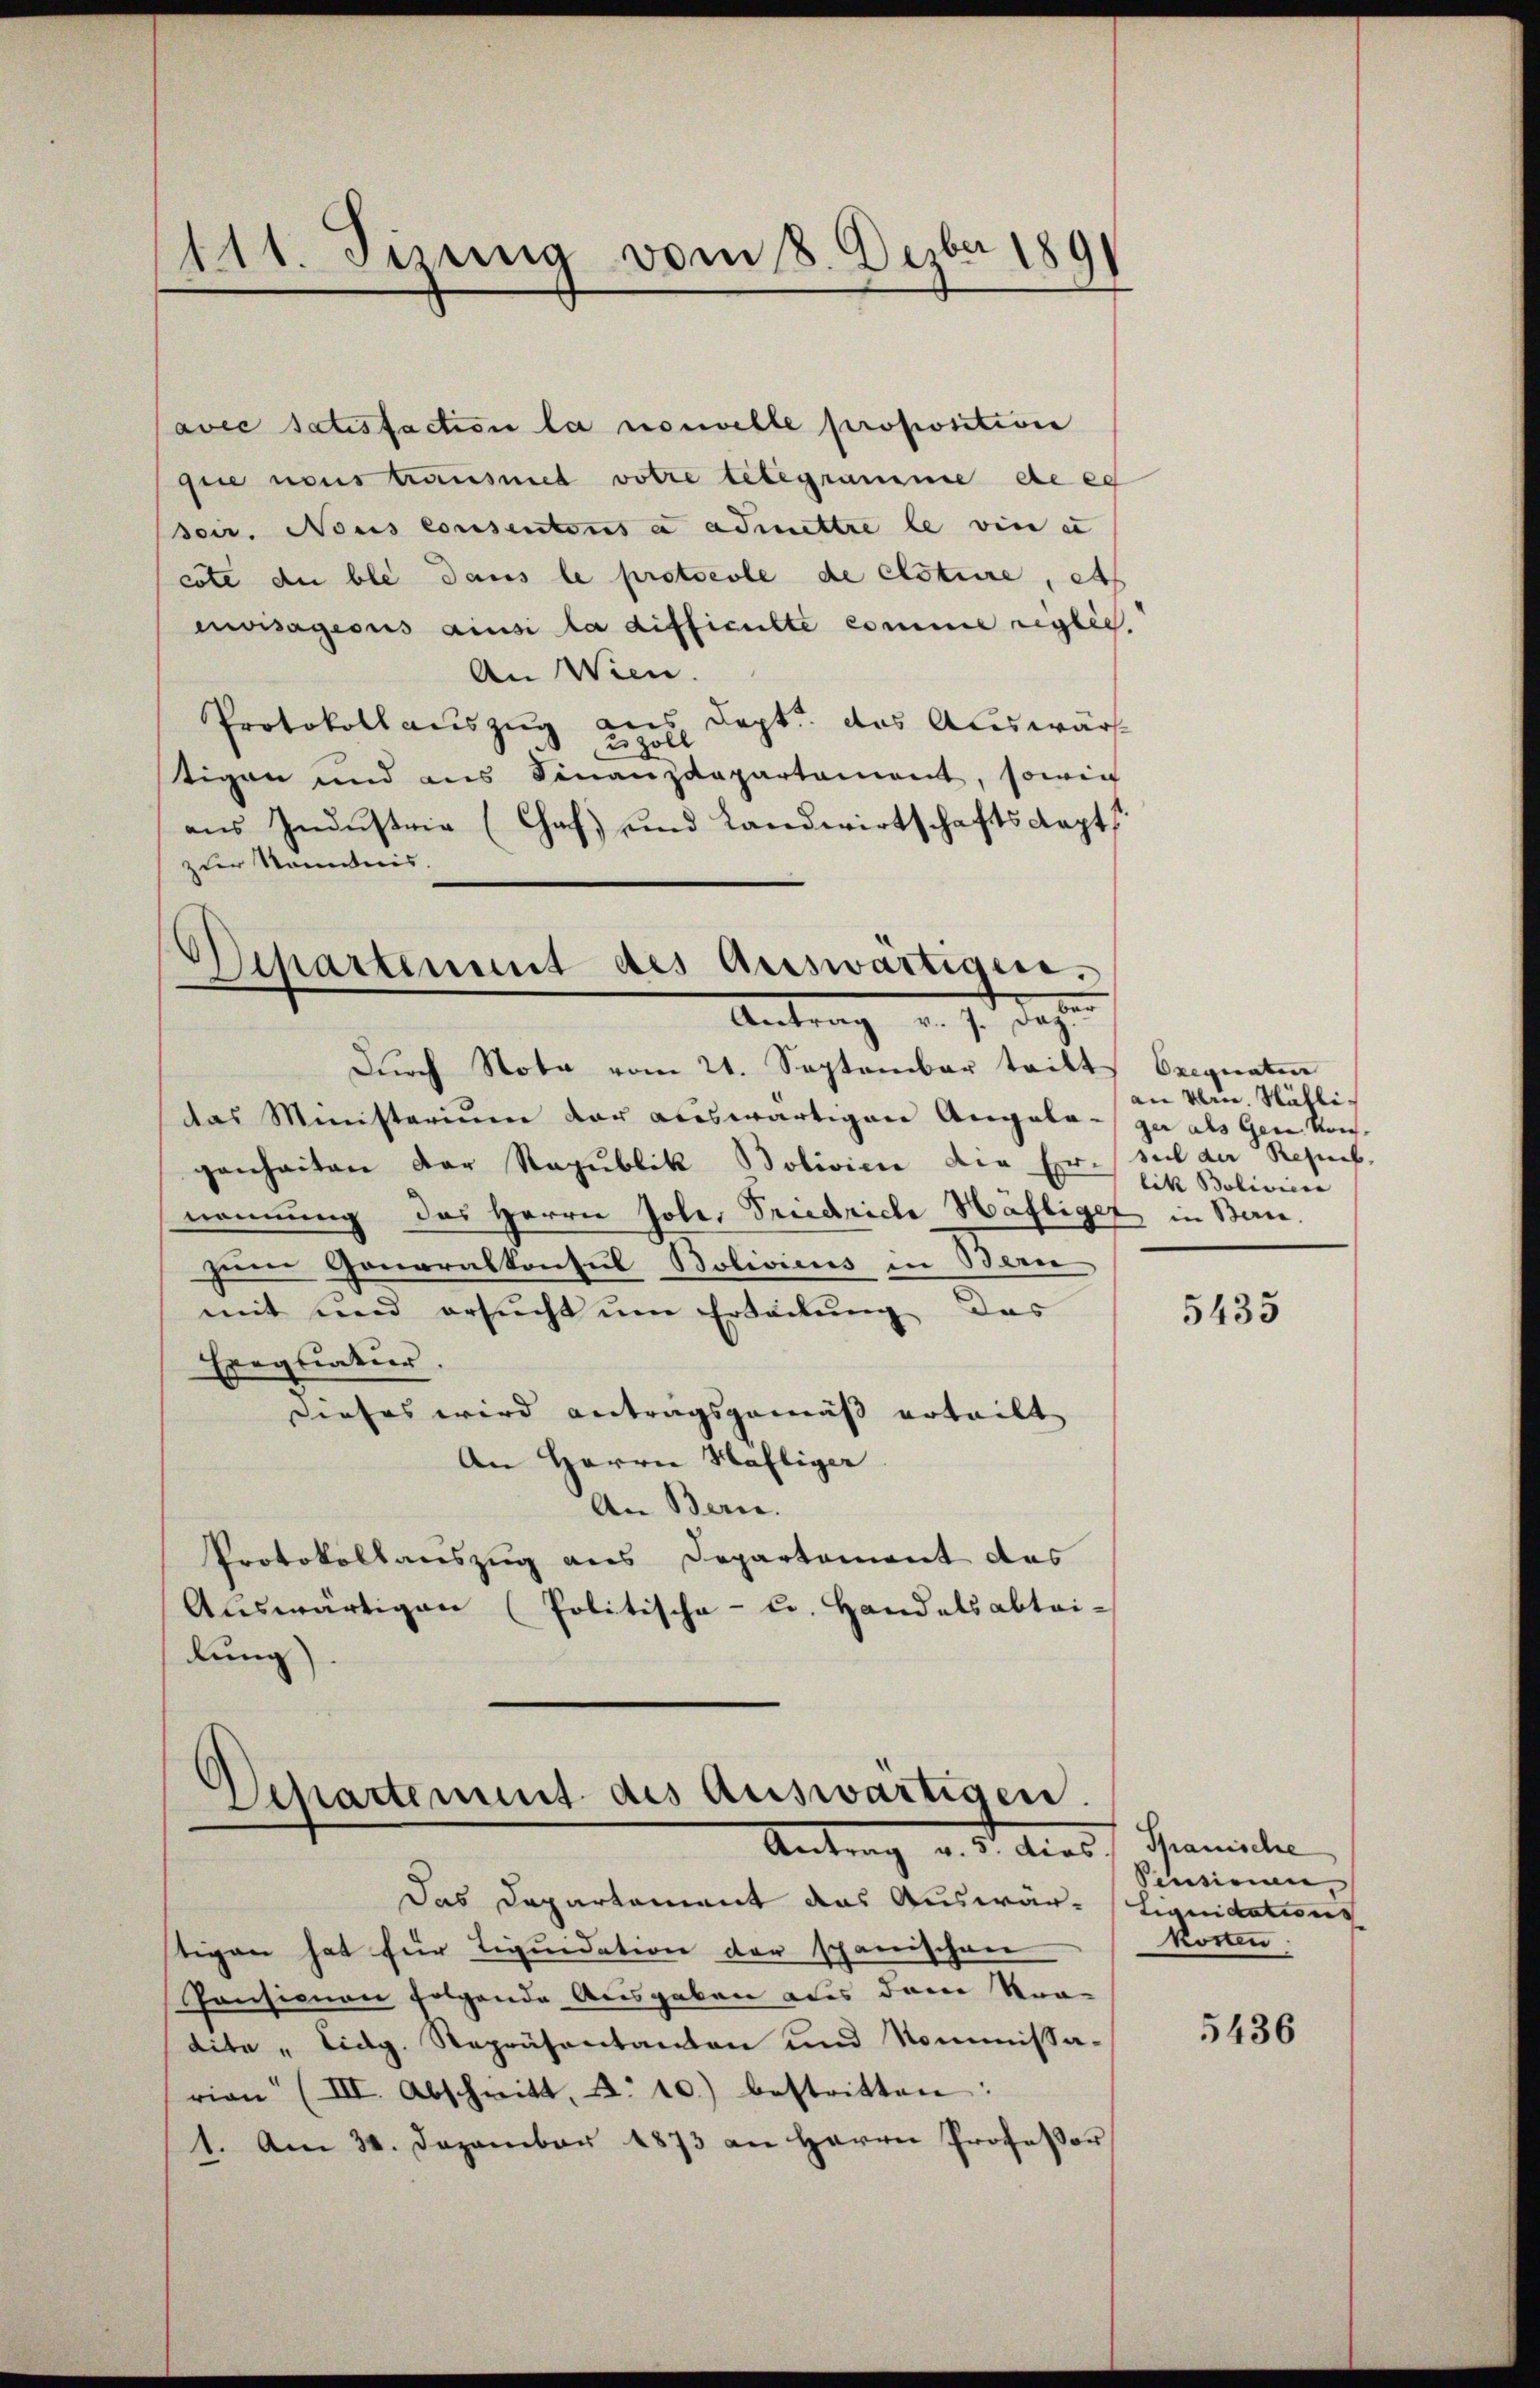
111. Jizung vom 8. Dezbr 1891

avec satisfaction la nouvelle proposition
fice nous trausnet votre telegramme de es
seur. Nous consentens a admettre le vin u
cote du ble dans le protocole de clotire, es
envisageous ainsi la difficulte comme reglich.
An Wien.
Protokollauszug aus Sept. das Auswärt
2 Zoll
tigen und aus Finanzdepartement, sowie
aus Industrie (Chaf) und Landwirtschaftskapt
zur Kenntnis
Departement des Auswärtigen.

—
Antrag v. 7. Dez.

Durch Nota vom 21. September tritt Exequaten
das Ministerium der auswärtiger Angela- ja als Gen. Kongenheiten der Republik Bolivici die Er sul der Repub
nennung des Herrn Jole, Friedriche Häfliger in Berne.
zum Gonoralkonsul Bolivicus in Bern
mit und ersucht um Erteilung des
Eragliatur
diefes wird antragsgemäß urteilt
An Herrn Häfliger
An Bern.
Protokollauszug aus Departement des
Auswärtigen (Politischa - cr. Handelsabtai-
lung).

Departement des Auswärtigen.
Antrag v. 5. dies Tramela

Das Departement das Auswär-
tigen hat für Liquidation der spanischen
Ponsionen folgende Ausgaben aus dem Stra-
dite „Lidg. Repräsentanton und Kommissa-
rion" (III. Abschnitt, u. 10.) bestritten:
1. Am 31. Dezember 1873 an Herrn Professor

an Nein. Nählilik Bolivicia

5435

Pensirian,
Liquidations
kosten.

5436